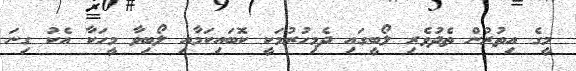
މީގެ އިތުރުން ތެދުވެރި ލޯބީގައި ދެމިހުރުމަކީ ކޮބައިކަމާއި ލޯބިވާ މީހަކާ އެކު ގިނަ